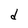
Character: d